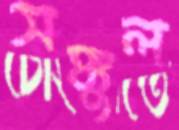
সঙ্কুল